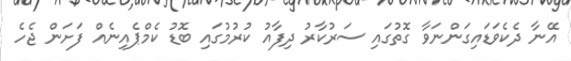
އޭނާ ދެކެވަޑައިގަންނަވާ ގޮތުގައި ސަރުކާރު ދިފާއު ކުރުމުގައި ބޮޑު ކެމްޕެއިނެއް ފަށަން ޖެހެ